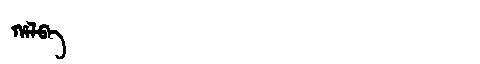
Manchu: ᡥᠠᠯᠪᠠ
Romanization: HALBA